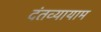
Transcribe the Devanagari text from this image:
दंतव्यायाम